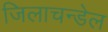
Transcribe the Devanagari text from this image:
जिलाचन्डेल